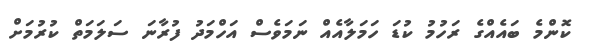
ކޮންމެ ބައެއްގެ ރަހުމު ކުޑަ ހަމަލާއެއް ނަމަވެސް އަހްމަދު ފުރާނަ ސަލަމަތް ކުރުމަށް